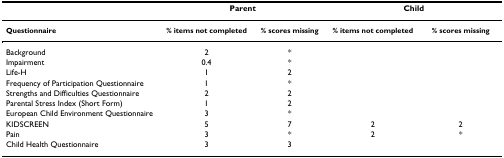
<table><thead><tr><td></td><td colspan="2"><b>Parent</b></td><td colspan="2"><b>Child</b></td></tr></thead><tbody><tr><td><b>Questionnaire</b></td><td><b>% items not completed</b></td><td><b>% scores missing</b></td><td><b>% items not completed</b></td><td><b>% scores missing</b></td></tr><tr><td>Background</td><td>2</td><td>*</td><td></td><td></td></tr><tr><td>Impairment</td><td>0.4</td><td>*</td><td></td><td></td></tr><tr><td>Life-H</td><td>1</td><td>2</td><td></td><td></td></tr><tr><td>Frequency of Participation Questionnaire</td><td>1</td><td>*</td><td></td><td></td></tr><tr><td>Strengths and Difficulties Questionnaire</td><td>2</td><td>2</td><td></td><td></td></tr><tr><td>Parental Stress Index (Short Form)</td><td>1</td><td>2</td><td></td><td></td></tr><tr><td>European Child Environment Questionnaire</td><td>3</td><td>*</td><td></td><td></td></tr><tr><td>KIDSCREEN</td><td>5</td><td>7</td><td>2</td><td>2</td></tr><tr><td>Pain</td><td>3</td><td>*</td><td>2</td><td>*</td></tr><tr><td>Child Health Questionnaire</td><td>3</td><td>3</td><td></td><td></td></tr></tbody></table>